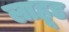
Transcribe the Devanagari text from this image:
लाहूड